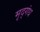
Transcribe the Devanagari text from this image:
मृद्‌गंध